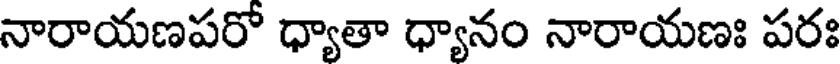
నారాయణపరో ధ్యాతా ధ్యానం నారాయణః పరః